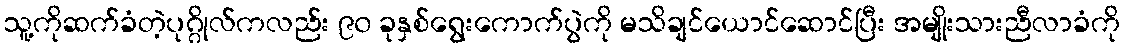
သူ့ကိုဆက်ခံတဲ့ပုဂ္ဂိုလ်ကလည်း ၉၀ ခုနှစ်ရွေးကောက်ပွဲကို မသိချင်ယောင်ဆောင်ပြီး အမျိုးသားညီလာခံကို